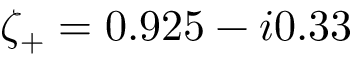
\zeta _ { + } = 0 . 9 2 5 - i 0 . 3 3